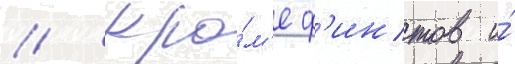
// Кро́м'е ф'интов и́